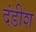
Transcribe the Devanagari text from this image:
दंडीश